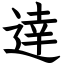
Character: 逹